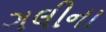
ગલીના